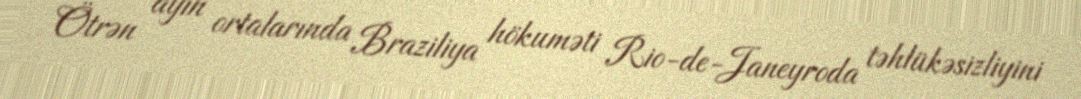
Ötrən ayın ortalarında Braziliya hökuməti Rio-de-Janeyroda təhlükəsizliyini